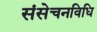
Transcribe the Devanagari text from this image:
संसेचनविधि